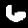
Label: 6